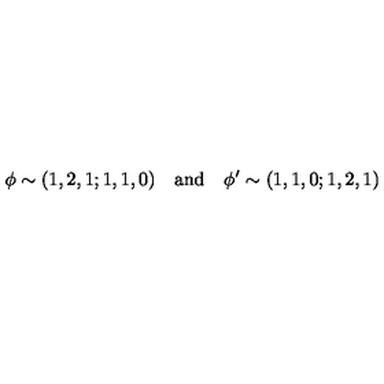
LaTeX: \phi \sim ( 1 , 2 , 1 ; 1 , 1 , 0 ) \quad \mathrm { a n d } \quad \phi ^ { \prime } \sim ( 1 , 1 , 0 ; 1 , 2 , 1 )